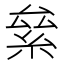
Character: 絫